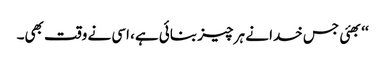
‘‘بھئی جس خدا نے ہر چیز بنائی ہے، اسی نے وقت بھی۔